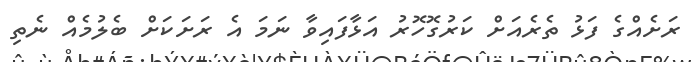
ރަށެއްގެ ފަޅު ތެރެއަށް ކަރުގޮހޮރު އަޅާފައިވާ ނަމަ އެ ރަށަކަށް ބެލުމެއް ނެތި